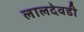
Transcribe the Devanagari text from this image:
लालदेवडी